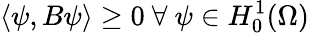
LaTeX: \langle\psi,B\psi\rangle\ge 0\ \forall\ \psi\in H_{0}^{1}(\Omega)